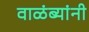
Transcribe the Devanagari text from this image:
वाळंब्यांनी